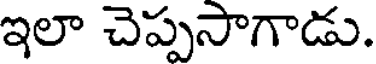
ఇలా చెప్పసాగాడు.